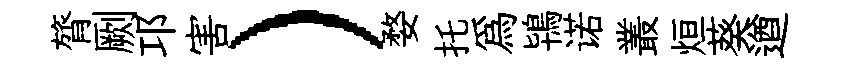
膂劂邛害）婺托爲鴇诺叢烜葵遒